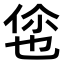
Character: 𬾡